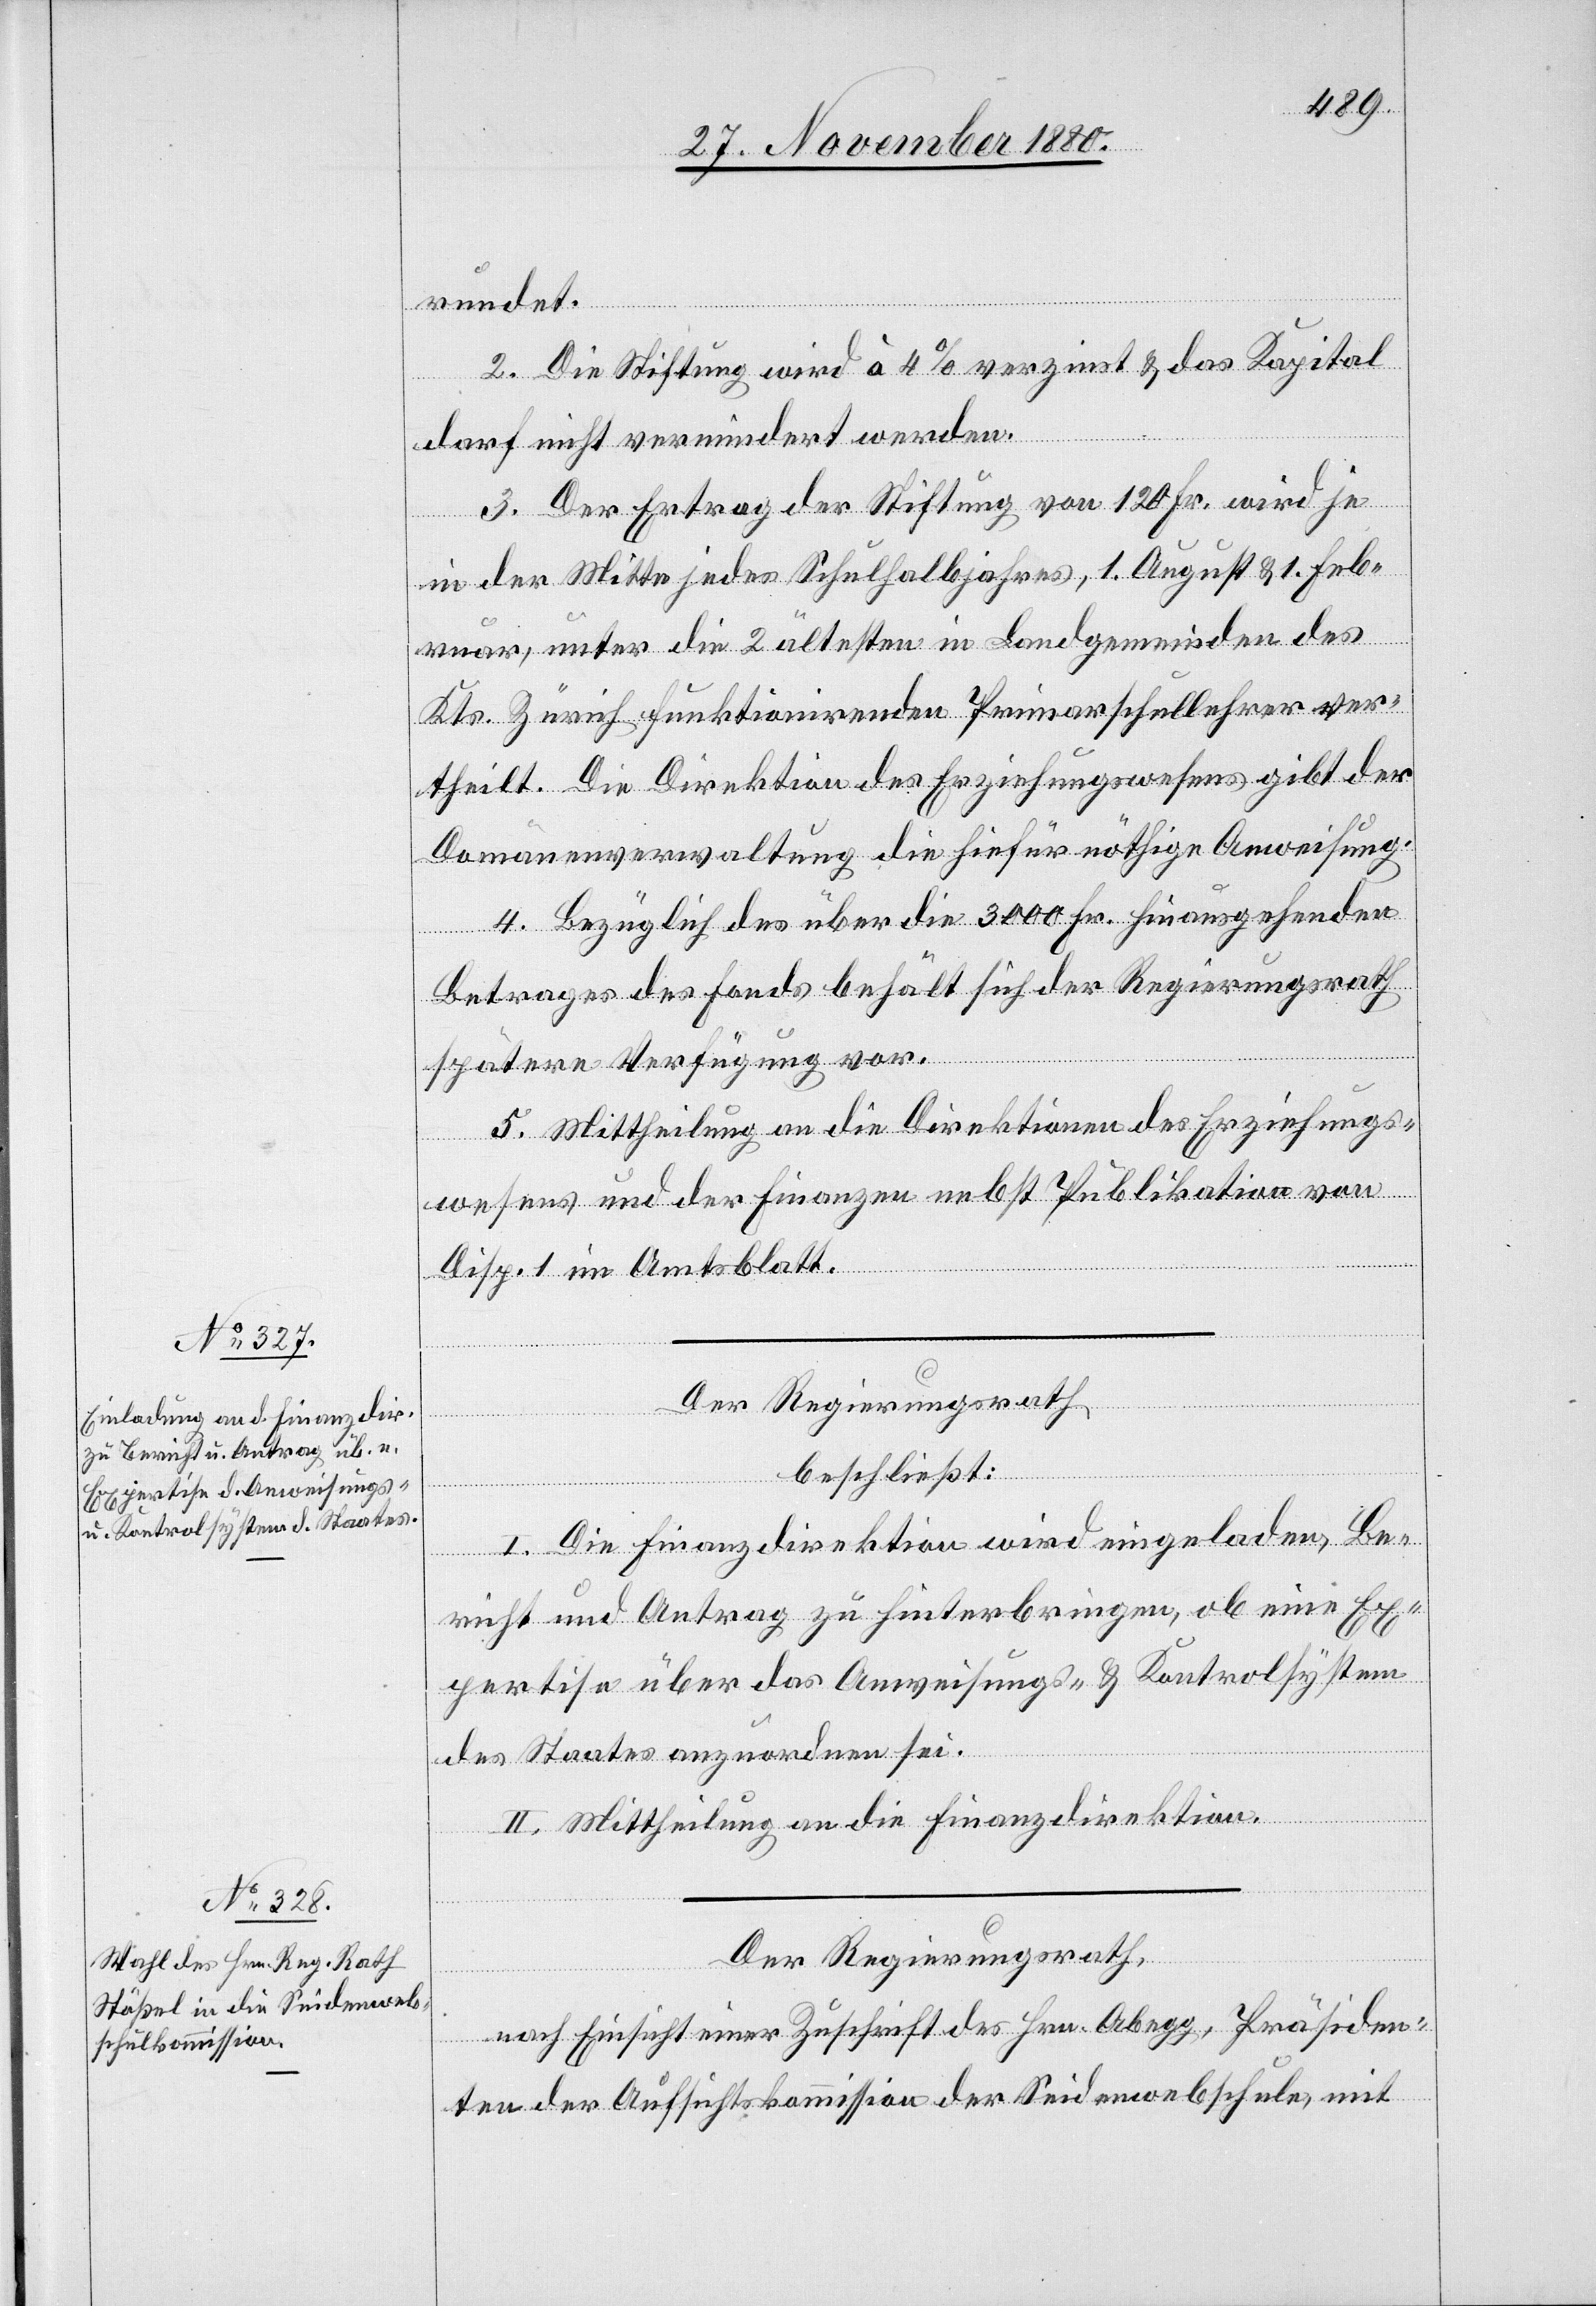
rundet.
2. Die Stiftung wird à 4% verzinst & das Kapital
darf nicht vermindert werden.
3. Der Ertrag der Stiftung von 120 Fr. wird je
in der Mitte jedes Schulhalbjahres, 1. August & 1. Feb¬
ruar, unter die 2 ältesten in Landgemeinden des
Kts. Zürich funktionirenden Primarschullehrer ver¬
theilt. Die Direktion des Erziehungswesens gibt der
Domänenverwaltung die hiefür nöthige Anweisung.
4. Bezüglich des über die 3000 Fr. hinausgehenden
Betrages des Fonds behält sich der Regierungsrath
spätere Verfügung vor.
5. Mittheilung an die Direktion des Erziehungs¬
wesens und der Finanzen nebst Publikation von
Disp. 1 im Amtsblatt.
Der Regierungsrath
beschließt:
I. Die Finanzdirektion wird eingeladen, Be¬
richt und Antrag zu hinterbringen, ob eine Ex¬
pertise über das Anweisungs- & Kontrolsystem
des Staates anzuordnen sei.
II. Mittheilung an die Finanzdirektion.
Der Regierungsrath,
nach Einsicht einer Zuschrift des Hrn. Abegg, Präsiden¬
ten der Aufsichtskommission der Seidenwebschule, mit